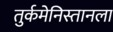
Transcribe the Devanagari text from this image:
तुर्कमेनिस्तानला